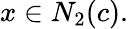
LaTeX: x\in N_{2}(c).